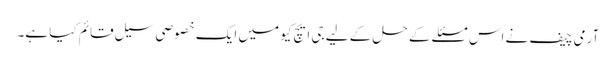
آرمی چیف نے اس مسئلے کے حل کے لیے جی ایچ کیو میں ایک خصوصی سیل قائم کیا ہے۔